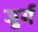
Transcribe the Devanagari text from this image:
जुर्ग